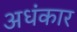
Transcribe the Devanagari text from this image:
अधंकार